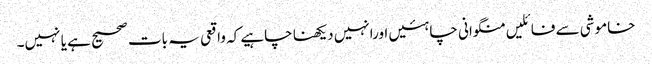
خاموشی سے فائلیں منگوانی چاہئیں اورانہیں دیکھنا چاہیے کہ واقعی یہ بات صحیح ہے یا نہیں۔